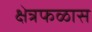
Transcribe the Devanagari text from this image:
क्षेत्रफळास